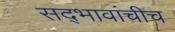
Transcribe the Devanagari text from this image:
सद्‍भावांचीच